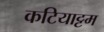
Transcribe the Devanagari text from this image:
कटियाट्टम